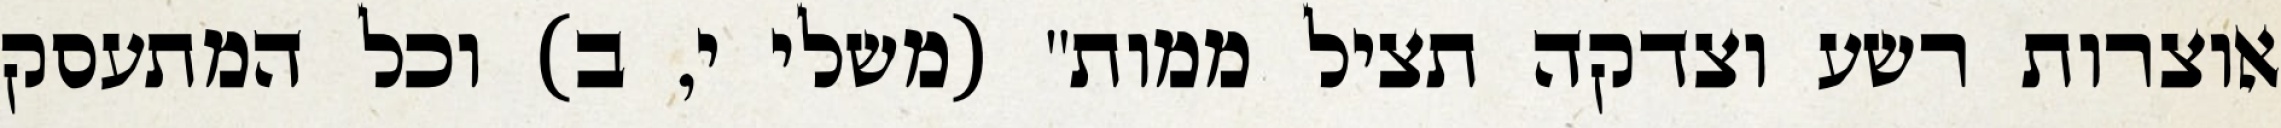
אוצרות רשע וצדקה תציל ממות" (משלי י, ב) וכל המתעסק